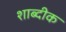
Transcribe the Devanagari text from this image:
शाब्दीक